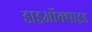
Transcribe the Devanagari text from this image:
डाइऑक्‍साइड